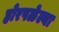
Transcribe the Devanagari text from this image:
होरपळेल्या